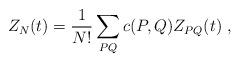
LaTeX: \begin{align*}Z_N(t)={1\over N!}\sum_{PQ}c(P,Q)Z_{PQ}(t)~,\end{align*}